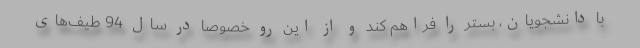
با دانشجویان، بستر را فراهم کند و از این رو خصوصا در سال 94 طیف‌های